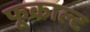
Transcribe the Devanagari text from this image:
फूकाल्ट